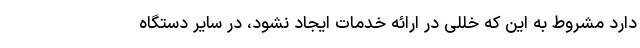
دارد مشروط به این که خللی در ارائه خدمات ایجاد نشود، در سایر دستگاه